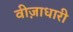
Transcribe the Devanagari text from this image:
वीज़ाधारी